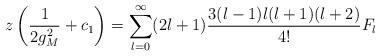
LaTeX: \begin{align*}z\left( \frac{1}{2 g_M^2}+c_1\right )=\sum_{l=0}^\infty(2 l+1)\frac {3 (l-1) l (l+1) (l+2)}{4!}F_l\end{align*}